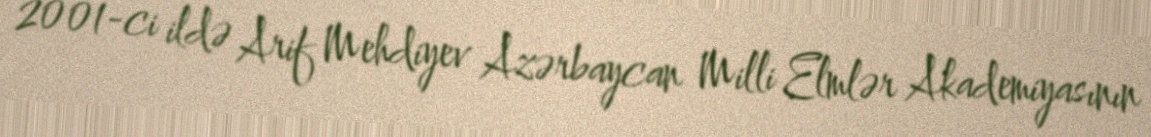
2001-ci ildə Arif Mehdiyev Azərbaycan Milli Elmlər Akademiyasının